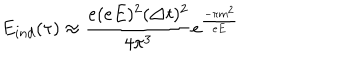
LaTeX: E _ { i n d } ( \tau ) \approx \frac { e ( e E ) ^ { 2 } ( \triangle t ) ^ { 2 } } { 4 \pi ^ { 3 } } e ^ { \frac { - \pi m ^ { 2 } } { e E } }